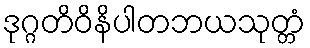
ဒုဂ္ဂတိဝိနိပါတဘယသုတ္တံ